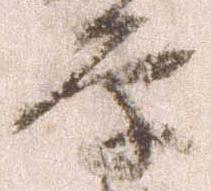
原